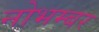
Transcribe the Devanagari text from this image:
नोभम्बर